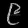
Digit: ၉